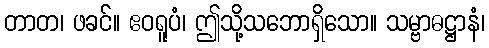
တာတ၊ ဖခင်။ ဧဝရူပံ၊ ဤသို့သဘောရှိသော။ သမ္ဗာဓဋ္ဌာနံ၊